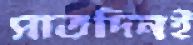
সাতদিনই